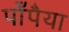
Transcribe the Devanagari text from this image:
पाँपैया